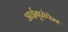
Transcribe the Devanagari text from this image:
आईबूप्रोफेन